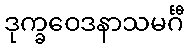
ဒုက္ခဝေဒနာသမင်္ဂီ